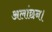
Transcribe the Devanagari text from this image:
अलांछन।